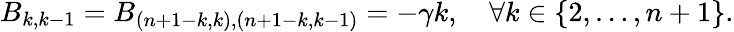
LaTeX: B_{k,k-1}=B_{(n+1-k,k),(n+1-k,k-1)}=-\gamma k,\quad\forall k\in\{ 2,\dots,n+1\} .